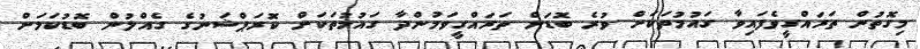
މިގޮތުން ތަރައްގީވެފައިވާ ގައުމުތަކަށް ވުރެ ބޮޑަށް ތަރައްގީވަމުންދާ ގައުމުތަކަށް ކޮރަޕްޝަނުގެ ގެއްލުން ބޮޑުކަމަށް